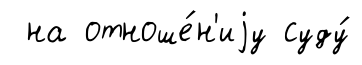
на отноше́н'иjу суду́